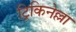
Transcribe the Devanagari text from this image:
ट्रिकिनेल्ला